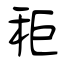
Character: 秬